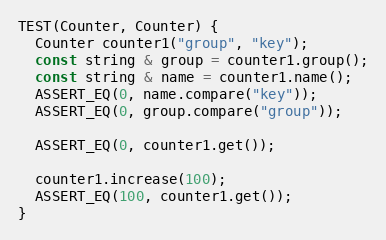
Language: C++
TEST(Counter, Counter) {
  Counter counter1("group", "key");
  const string & group = counter1.group();
  const string & name = counter1.name();
  ASSERT_EQ(0, name.compare("key"));
  ASSERT_EQ(0, group.compare("group"));

  ASSERT_EQ(0, counter1.get());

  counter1.increase(100);
  ASSERT_EQ(100, counter1.get());
}